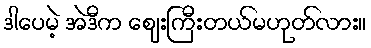
ဒါပေမဲ့ အဲဒီက ဈေးကြီးတယ်မဟုတ်လား။